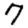
Digit: 7